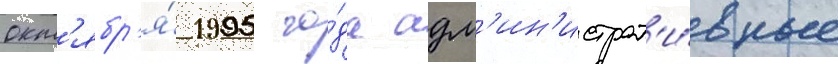
окт'ябр'я́ 1995 го́да адм'ин'истрат'и́вные